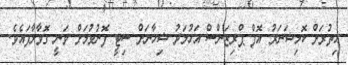
އިތުރަށް ކޮމިޝަނަރު އޮފް ޕްރިޒަންސް އަހުމަދު ޝިހާނަށް ސިޓީ ފޮނުވުމަށް ވަނީ ގޮވާލާފައެވެ.